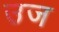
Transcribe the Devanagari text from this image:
उज